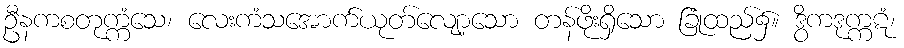
ဦနကစတုက္ကံသေ၊ လေးကံသအောက်ယုတ်လျော့သော တန်ဖိုးရှိသော ခြုံထည်၌။ ဒွိကဒုက္ကဋံ၊